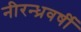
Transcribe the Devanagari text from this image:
नीरन्ध्रवर्षी